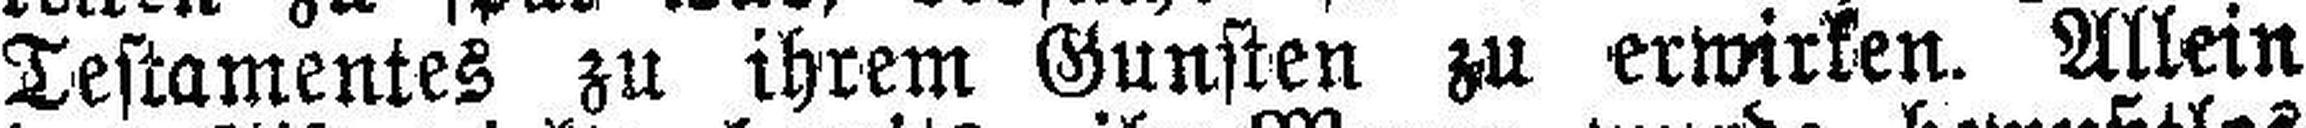
Testamentes zu ihrem Gunsten zu erwirken. Allein